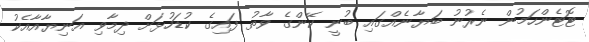
ޓޮޓެންހަމުން ނެރުނު ބަޔާނެއްގައި ބުނީ ކޭންގެ ވާތު ފައިގެ ކުޑަހުޅަށް ދިމާވި އަނިޔާއާއެކު